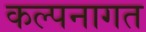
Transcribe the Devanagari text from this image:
कल्पनागत